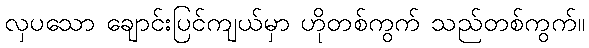
လှပသော ချောင်းပြင်ကျယ်မှာ ဟိုတစ်ကွက် သည်တစ်ကွက်။